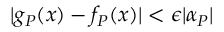
| g _ { P } ( x ) - f _ { P } ( x ) | < \epsilon | \alpha _ { P } |